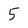
Character: 5